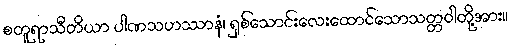
စတူရာသီတိယာ ပါဏသဟဿာနံ၊ ရှစ်သောင်းလေးထောင်သောသတ္တဝါတို့အား။